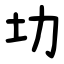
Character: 㘦